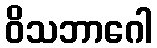
ဝိသဘာဂေါ